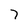
Character: 7